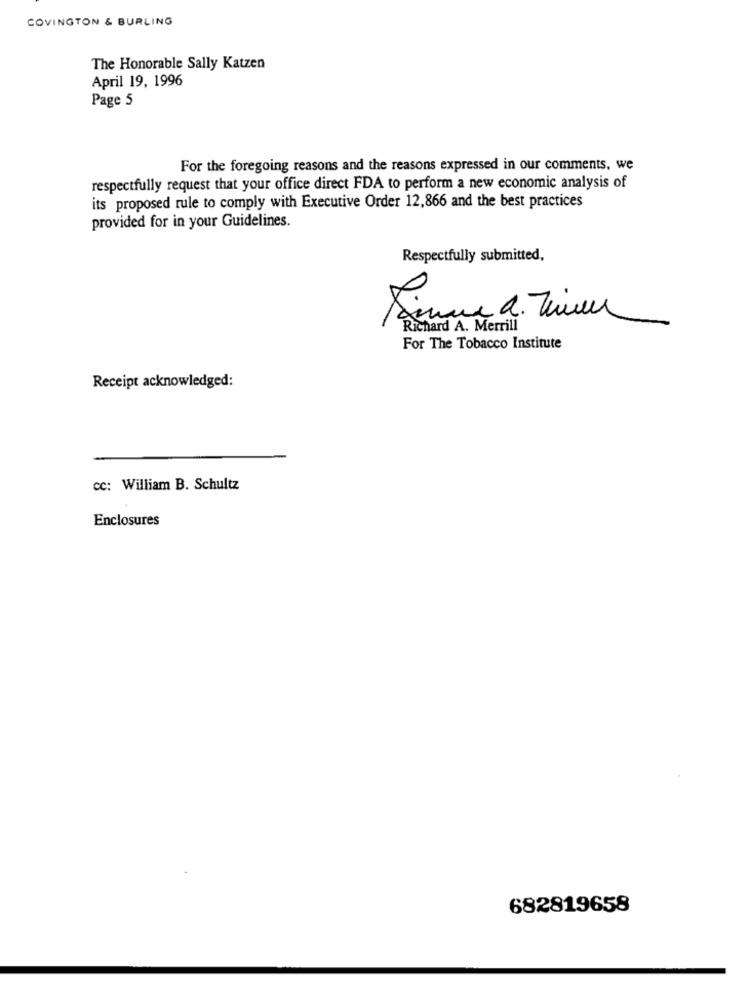
COVINGTON & BURLING
The Honorable Sally Katzen
April 19, 1996
Page 5
For the foregoing reasons and the reasons expressed in our comments, we
respectfully request that your office direct FDA to perform a new economic analysis of
its proposed rule to comply with Executive Order 12,866 and the best practices
provided for in your Guidelines.
Respectfully submitted,
A
Richard A. Merrill
For The Tobacco Institute
Receipt acknowledged:
cc: William B. Schultz
Enclosures
682819658